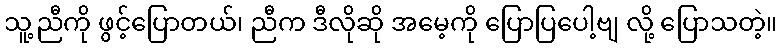
သူ့ညီကို ဖွင့်ပြောတယ်၊ ညီက ဒီလိုဆို အမေ့ကို ပြောပြပေါ့ဗျ လို့ ပြောသတဲ့။